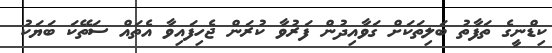
ކިޑްނީގެ ތަފާތު ބަލިތަކަށް ގަވާއިދުން ފަރުވާ ކުރަން ޖެހިފައިވާ އެތައް ސަތޭކަ ބަޔަކު